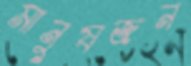
মানুষজন